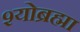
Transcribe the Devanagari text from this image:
श्योब्रह्मा